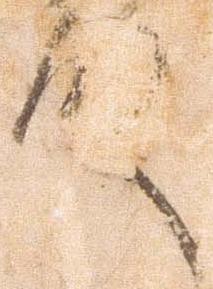
殿